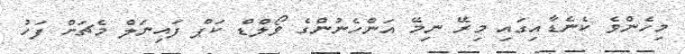
މިހެންވެ ކެނެޑާއިގައި މިރޭ ނިމޭ އަންހެނުންގެ ވޯލްޑް ކަޕް ފައިނަލް މެޗަށް ފަހު